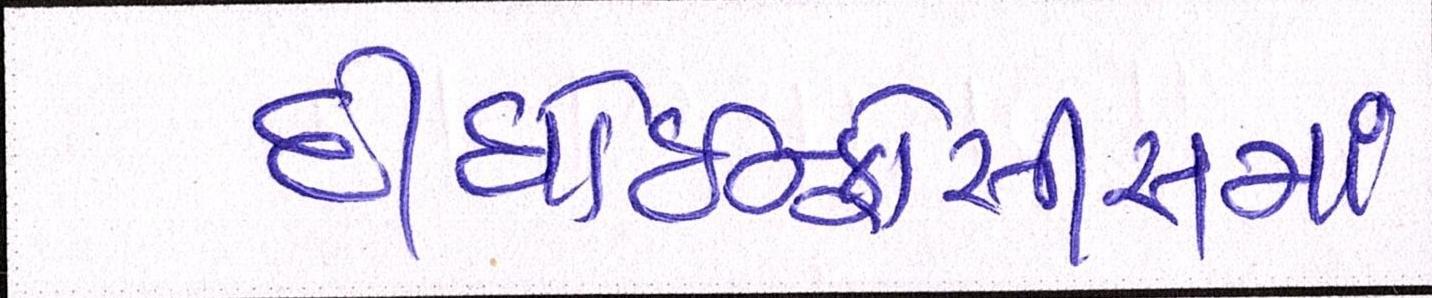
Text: દીધોઇન્ફોસીસમાં